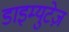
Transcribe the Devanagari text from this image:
डाइम्युटेज़